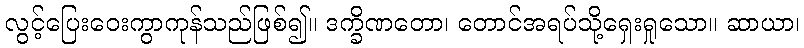
လွင့်ပြေးဝေးကွာကုန်သည်ဖြစ်၍။ ဒက္ခိဏတော၊ တောင်အရပ်သို့ရှေးရှုသော။ ဆာယာ၊